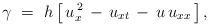
LaTeX: \begin{align*} \gamma\ =\ h\left[\,u_x^{\,2}\,-\,u_{xt}\,-\,u\,u_{xx}\,\right],\end{align*}